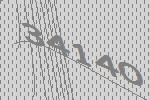
34140